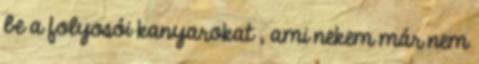
be a folyosói kanyarokat , ami nekem már nem